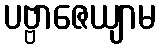
ပဗ္ဗာဇေယျာမ